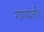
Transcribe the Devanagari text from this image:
गणपती।